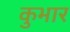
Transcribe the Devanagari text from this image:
कुभार